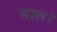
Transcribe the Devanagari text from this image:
नारू।